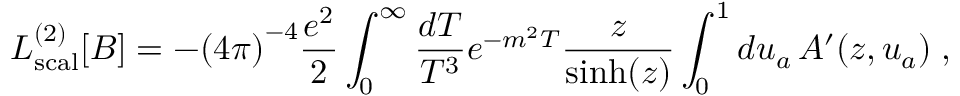
{ \cal L } _ { \mathrm { s c a l } } ^ { ( 2 ) } [ B ] = - { ( 4 \pi ) } ^ { - 4 } { \frac { e ^ { 2 } } { 2 } } \int _ { 0 } ^ { \infty } { \frac { d T } { T ^ { 3 } } } e ^ { - m ^ { 2 } T } { \frac { z } { \sinh ( z ) } } \int _ { 0 } ^ { 1 } d u _ { a } \, A ^ { \prime } ( z , u _ { a } ) \; ,